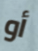
أو